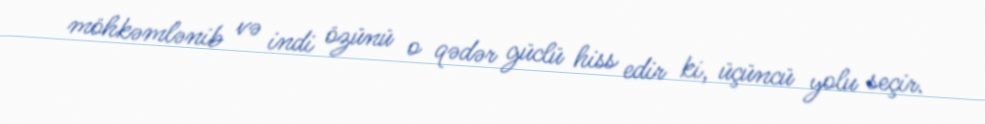
möhkəmlənib və indi özünü o qədər güclü hiss edir ki, üçüncü yolu seçir.